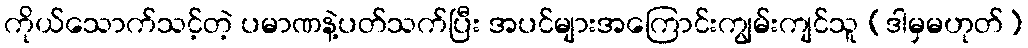
ကိုယ်သောက်သင့်တဲ့ ပမာဏနဲ့ပတ်သက်ပြီး အပင်များအကြောင်းကျွမ်းကျင်သူ (ဒါမှမဟုတ်)